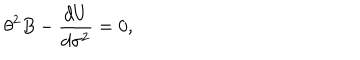
{ \theta } ^ { 2 } B - \frac { d U } { d { \sigma } ^ { 2 } } = 0 ,